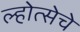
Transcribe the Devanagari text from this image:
ल्होत्सेचे